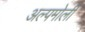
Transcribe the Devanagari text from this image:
अल्पमोली